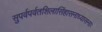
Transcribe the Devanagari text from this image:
सुपर्वपर्वतशिलासिंहासनाध्यासनाः